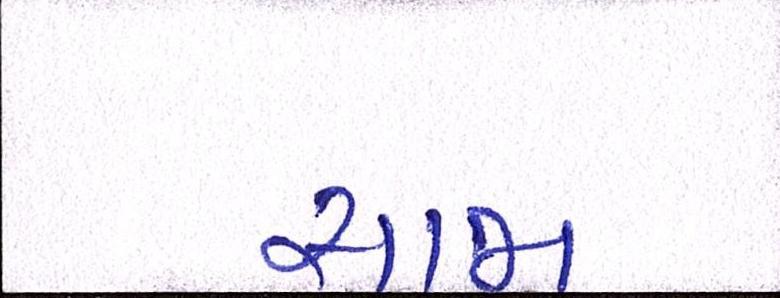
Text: સાજા